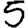
Digit: 5